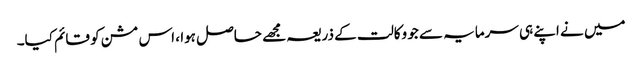
میں نے اپنے ہی سرمایہ سے جو وکالت کے ذریعہ مجھے حاصل ہوا ، اس مشن کو قائم کیا۔